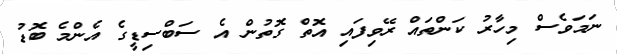
ނަމަވެސް މިހާރު ކަންތައް ރޭވިފައި އޮތް ގޮތުން އެ ސަބްސިޑީގެ އެންމެ ބޮޑު